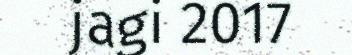
jagi 2017